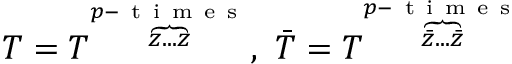
T = T ^ { \overbrace { z . . . z } ^ { p - { \mathrm { ~ t ~ i ~ m ~ e ~ s ~ } } } } , ~ \bar { T } = T ^ { \overbrace { \bar { z } . . . \bar { z } } ^ { p - { \mathrm { ~ t ~ i ~ m ~ e ~ s ~ } } } }